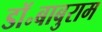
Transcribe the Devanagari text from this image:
डॉ॰बाबुराम